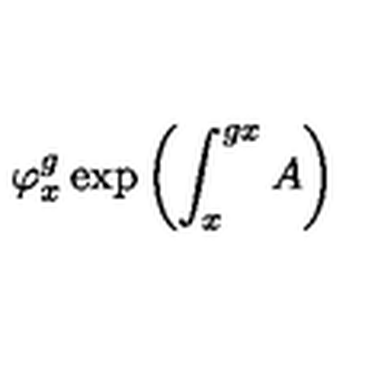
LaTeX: \varphi _ { x } ^ { g } \exp \left( \int _ { x } ^ { g x } A \right)